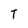
Character: T